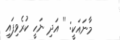
މާނައަކީ: '' އަދި ނަހީ ކުރެވިފައި